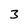
Character: 3